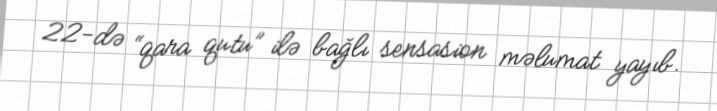
22-də “qara qutu” ilə bağlı sensasion məlumat yayıb.